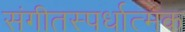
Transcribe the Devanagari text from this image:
संगीतस्पर्धात्मक